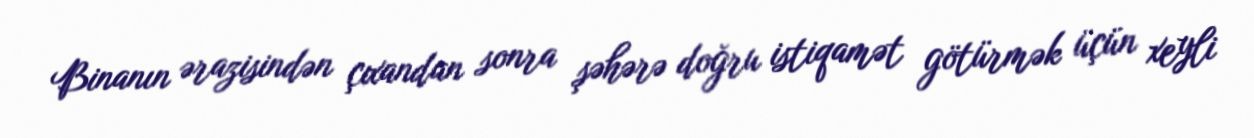
Binanın ərazisindən çıxandan sonra şəhərə doğru istiqamət götürmək üçün xeyli